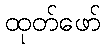
ထုတ်ဖော်